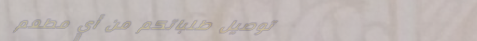
توصيل طلباتكم من أي مطعم